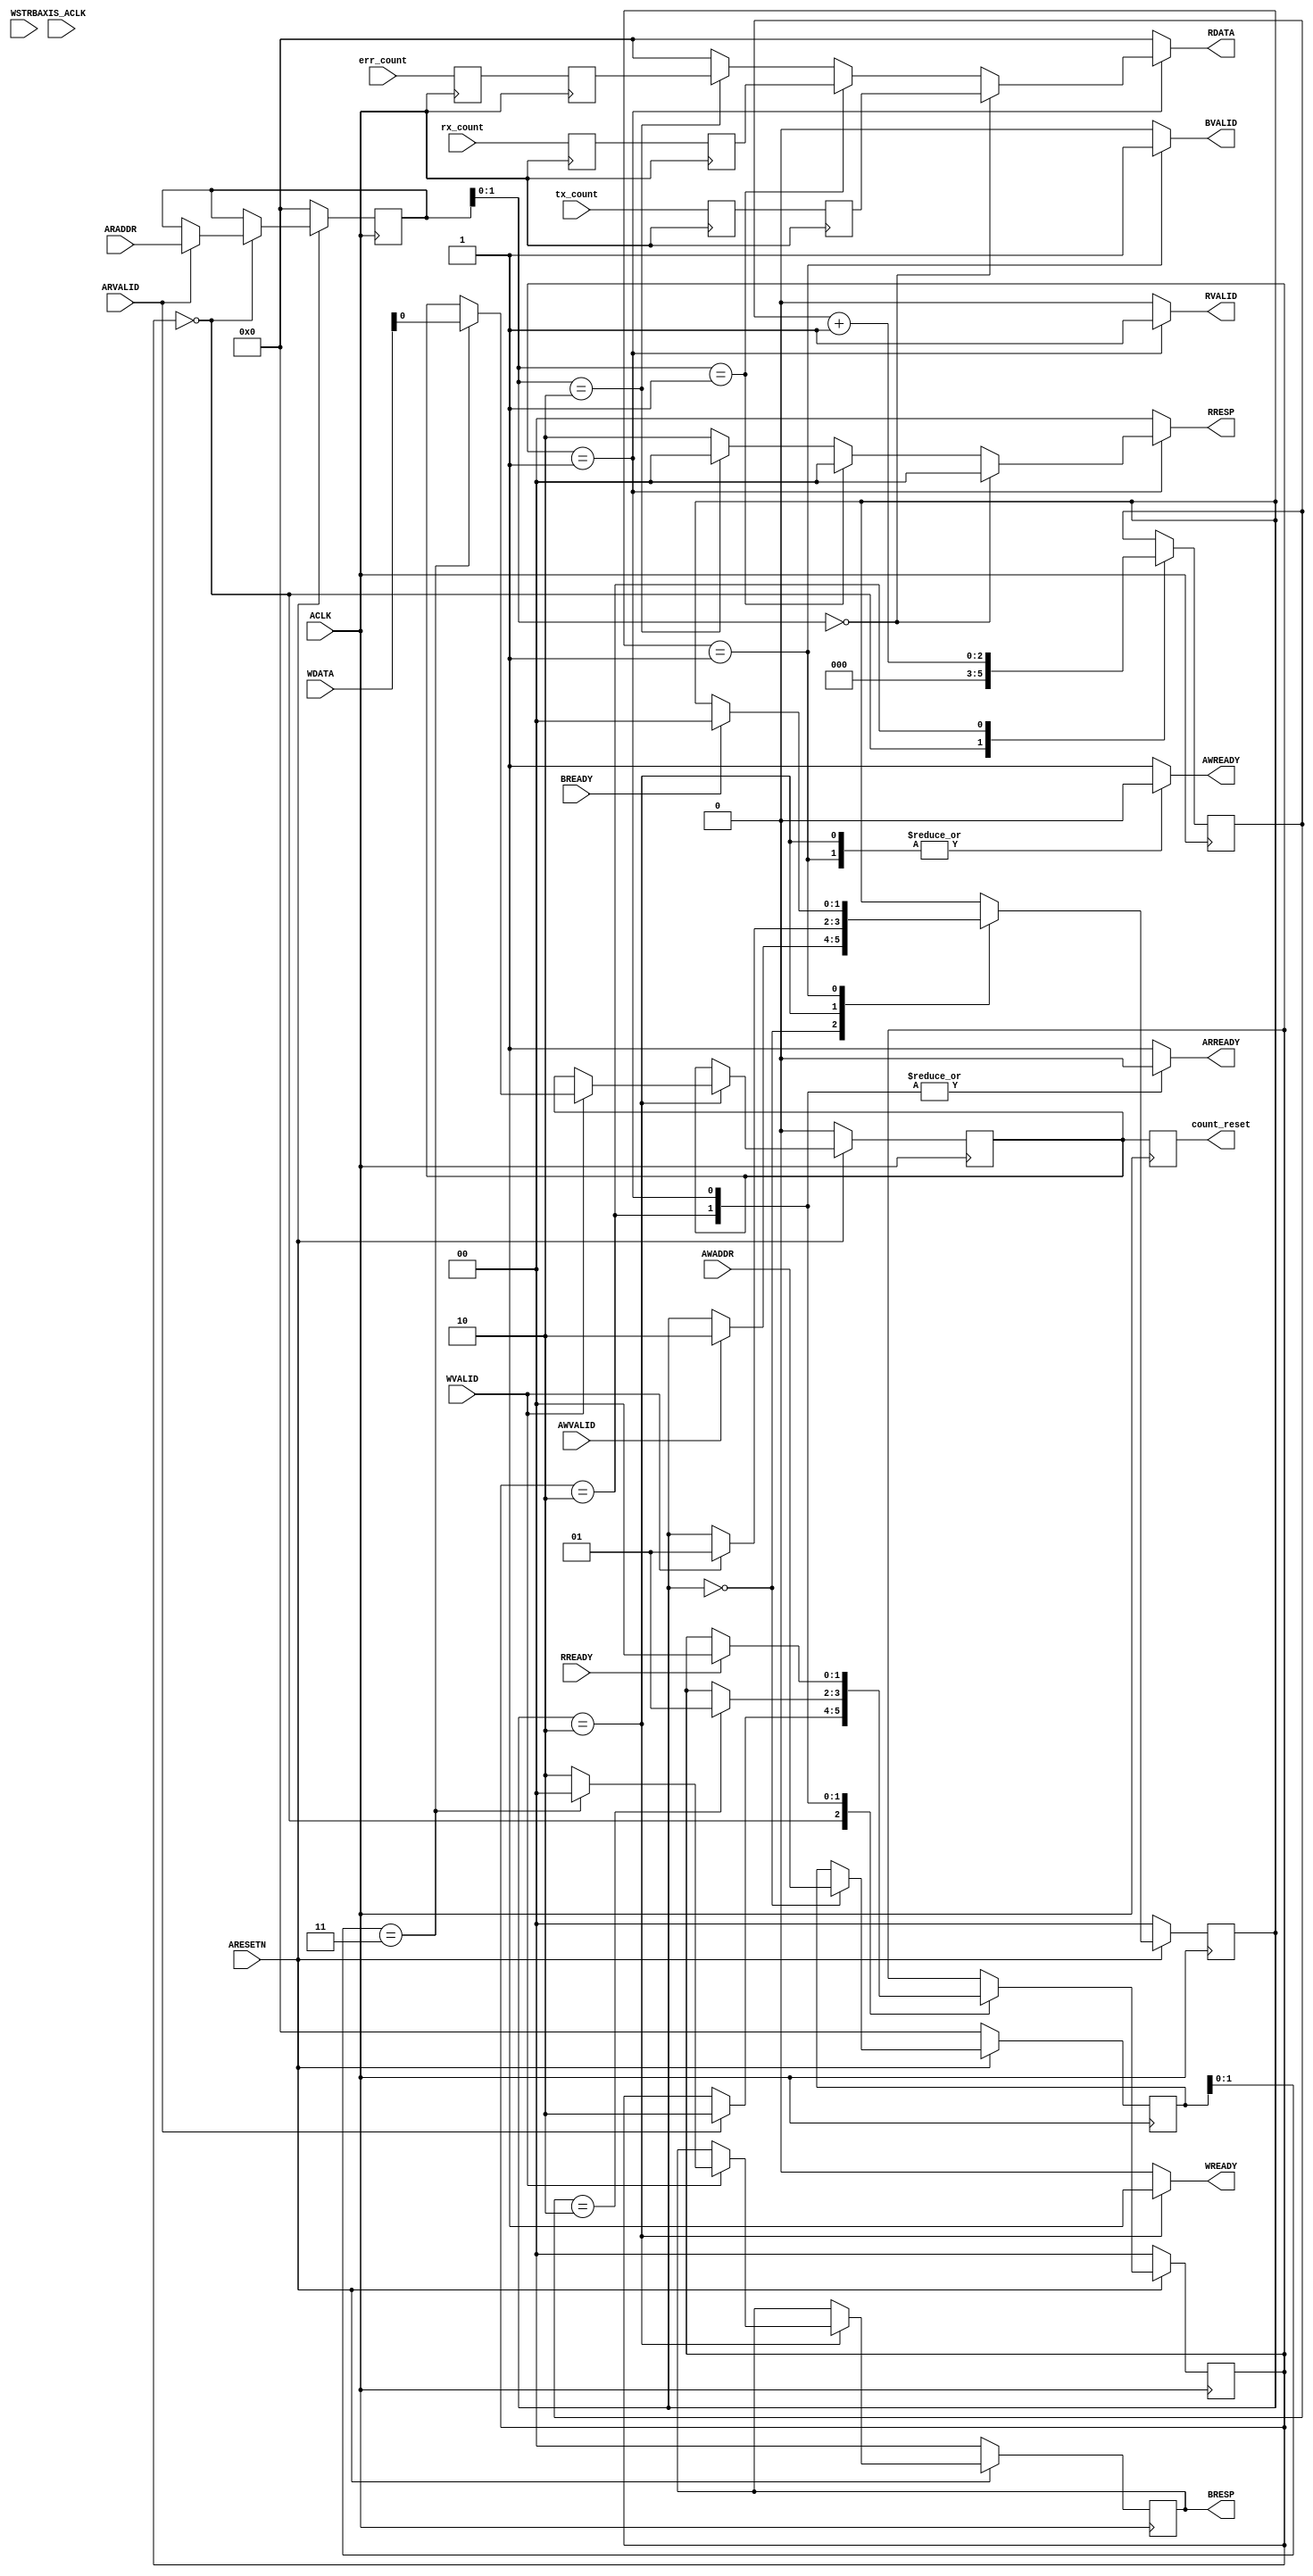
/*******************************************************************************
 *
 *  NetFPGA-10G http://www.netfpga.org
 *
 *  File:
 *        axi4_lite_regs.v
 *
 *  Library:
 *        hw/std/pcores/nf10_axis_gen_check_v1_00_a
 *
 *  Author:
 *        Michaela Blott
 *
 *  Description:
 *        AXI4-Lite for registers
 *
 *  Copyright notice:
 *        Copyright (C) 2010, 2011 Xilinx, Inc.
 *
 *  Licence:
 *        This file is part of the NetFPGA 10G development base package.
 *
 *        This file is free code: you can redistribute it and/or modify it under
 *        the terms of the GNU Lesser General Public License version 2.1 as
 *        published by the Free Software Foundation.
 *
 *        This package is distributed in the hope that it will be useful, but
 *        WITHOUT ANY WARRANTY; without even the implied warranty of
 *        MERCHANTABILITY or FITNESS FOR A PARTICULAR PURPOSE.  See the GNU
 *        Lesser General Public License for more details.
 *
 *        You should have received a copy of the GNU Lesser General Public
 *        License along with the NetFPGA source package.  If not, see
 *        http://www.gnu.org/licenses/.
 *
 */

module axi4_lite_regs
#(
    // Master AXI Stream Data Width
    parameter DATA_WIDTH=32,
    parameter ADDR_WIDTH=32
)
(
   input  ACLK,
   input  ARESETN,

   input  [ADDR_WIDTH-1: 0] AWADDR,
   input  AWVALID,
   output reg AWREADY,

   input  [DATA_WIDTH-1: 0]   WDATA,
   input  [DATA_WIDTH/8-1: 0] WSTRB,
   input  WVALID,
   output reg WREADY,

   output reg [1:0] BRESP,
   output reg BVALID,
   input  BREADY,

   input  [ADDR_WIDTH-1: 0] ARADDR,
   input  ARVALID,
   output reg ARREADY,

   output reg [DATA_WIDTH-1: 0] RDATA,
   output reg [1:0] RRESP,
   output reg RVALID,
   input  RREADY,

   input  [31:0] tx_count,
   input  [31:0] rx_count,
   input  [31:0] err_count,
   output reg       count_reset,
   input         AXIS_ACLK
);

    localparam AXI_RESP_OK = 2'b00;
    localparam AXI_RESP_SLVERR = 2'b10;

    localparam WRITE_IDLE = 0;
    localparam WRITE_RESPONSE = 1;
    localparam WRITE_DATA = 2;

    localparam READ_IDLE = 0;
    localparam READ_RESPONSE = 1;
    localparam READ_WAIT = 2;

    localparam REG_TX_COUNT = 2'h0;
    localparam REG_RX_COUNT = 2'h1;
    localparam REG_ERR_COUNT = 2'h2;
    localparam REG_COUNT_RESET = 2'h3;

    reg [31:0] tx_count_r_2, tx_count_r;
    reg [31:0] rx_count_r_2, rx_count_r;
    reg [31:0] err_count_r_2, err_count_r;
    reg        count_reset_control_next, count_reset_control;
    reg        count_reset_r_2, count_reset_r;
    // synthesis attribute ASYNC_REG of tx_count_r is "TRUE";
    // synthesis attribute ASYNC_REG of rx_count_r is "TRUE";
    // synthesis attribute ASYNC_REG of err_count_r is "TRUE";
    // synthesis attribute ASYNC_REG of count_reset_r_2 is "TRUE";

    reg [1:0] write_state, write_state_next;
    reg [1:0] read_state, read_state_next;
    reg [ADDR_WIDTH-1:0] read_addr, read_addr_next;
    reg [ADDR_WIDTH-1:0] write_addr, write_addr_next;
    reg [2:0] counter, counter_next;
    reg [1:0] BRESP_next;
    localparam WAIT_COUNT = 2;

    always @(*) begin
        read_state_next = read_state;
        ARREADY = 1'b1;
        read_addr_next = read_addr;
        counter_next = counter;
        RDATA = 0;
        RRESP = AXI_RESP_OK;
        RVALID = 1'b0;

        case(read_state)
            READ_IDLE: begin
                counter_next = 0;
                if(ARVALID) begin
                    read_addr_next = ARADDR;
                    read_state_next = READ_WAIT;
                end
            end

            READ_WAIT: begin
                counter_next = counter + 1;
                ARREADY = 1'b0;
                if(counter == WAIT_COUNT)
                    read_state_next = READ_RESPONSE;
            end

            READ_RESPONSE: begin
                RVALID = 1'b1;
                ARREADY = 1'b0;

                if(read_addr[1:0] == REG_TX_COUNT) begin
                    RDATA = tx_count_r_2;
                end
                else if(read_addr[1:0] == REG_RX_COUNT) begin
                    RDATA = rx_count_r_2;
                end
                else if(read_addr[1:0] == REG_ERR_COUNT) begin
                    RDATA = err_count_r_2;
                end
                else begin
                    RRESP = AXI_RESP_SLVERR;
                end
                if(RREADY) begin
                    read_state_next = READ_IDLE;
                end
            end
        endcase
    end

    always @(*) begin
        write_state_next = write_state;
        write_addr_next = write_addr;
        count_reset_control_next = count_reset_control;
        AWREADY = 1'b1;
        WREADY = 1'b0;
        BVALID = 1'b0;
        BRESP_next = BRESP;

        case(write_state)
            WRITE_IDLE: begin
                write_addr_next = AWADDR;
                if(AWVALID) begin
                    write_state_next = WRITE_DATA;
                end
            end
            WRITE_DATA: begin
                AWREADY = 1'b0;
                WREADY = 1'b1;
                if(WVALID) begin
                    if (write_addr[1:0] == REG_COUNT_RESET) begin
                        count_reset_control_next = WDATA;
                        BRESP_next = AXI_RESP_OK;
                    end
                    else begin
                        BRESP_next = AXI_RESP_SLVERR;
                    end
                    write_state_next = WRITE_RESPONSE;
                end
            end
            WRITE_RESPONSE: begin
                AWREADY = 1'b0;
                BVALID = 1'b1;
                if(BREADY) begin
                    write_state_next = WRITE_IDLE;
                end
            end
        endcase
    end

    always @(posedge ACLK) begin
        if(~ARESETN) begin
            write_state <= WRITE_IDLE;
            read_state <= READ_IDLE;
            read_addr <= 0;
            write_addr <= 0;
            BRESP <= AXI_RESP_OK;
            count_reset_control <= 0;
        end
        else begin
            write_state <= write_state_next;
            read_state <= read_state_next;
            read_addr <= read_addr_next;
            write_addr <= write_addr_next;
            BRESP <= BRESP_next;
            count_reset_control <= count_reset_control_next;
        end

        rx_count_r_2 <= rx_count_r;
        tx_count_r_2 <= tx_count_r;
        err_count_r_2 <= err_count_r;
        count_reset_r <= count_reset_control;

        rx_count_r <= rx_count;
        tx_count_r <= tx_count;
        err_count_r <= err_count;

        counter <= counter_next;
    end

    always @(AXIS_ACLK) begin
        count_reset <= count_reset_r_2;
        count_reset_r_2 <= count_reset_r;
    end

endmodule